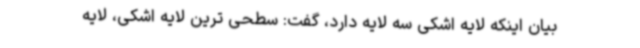
بیان اینکه لایه اشکی سه لایه دارد، گفت: سطحی ترین لایه اشکی، لایه